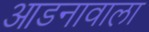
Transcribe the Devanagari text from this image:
आडनावाला